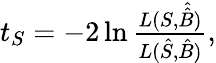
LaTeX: \begin{array}{r}{t_{S}=-2\ln{\frac{L(S,\hat{\hat{B}})}{L(\hat{S},\hat{B})}},}\end{array}